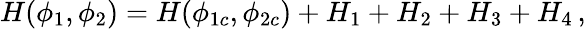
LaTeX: H(\phi_{1},\phi_{2})=H(\phi_{1c},\phi_{2c})+H_{1}+H_{2}+H_{3}+H_{4}\, ,